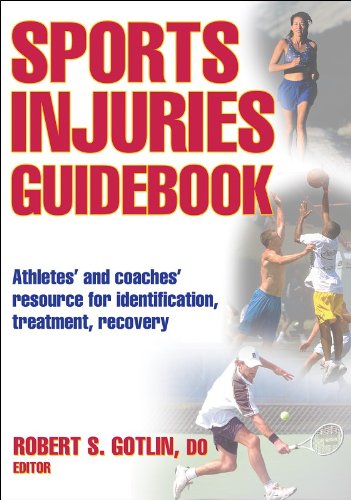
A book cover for Sports Injuries Guidebook; Robert Gotlin; Sports & Outdoors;